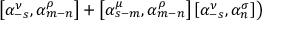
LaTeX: \left. \left[ { \alpha } _ { - s } ^ { \nu } , { \alpha } _ { m - n } ^ { \rho } \right] + \left[ { \alpha } _ { s - m } ^ { \mu } , { \alpha } _ { m - n } ^ { \rho } \right] \left[ { \alpha } _ { - s } ^ { \nu } , { \alpha } _ { n } ^ { \sigma } \right] \right)